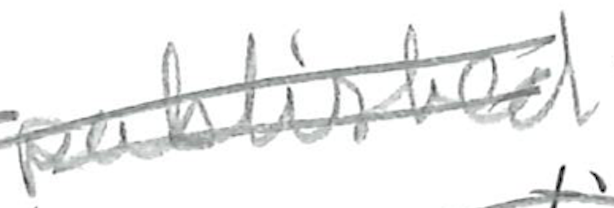
Text: published
Cross-out: double-line
Writing tool: pencil